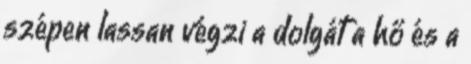
szépen lassan végzi a dolgát a hő és a